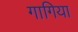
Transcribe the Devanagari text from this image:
गागिया